Report on the administration of the Government Cinchona Department 1892-98
Year: 1892
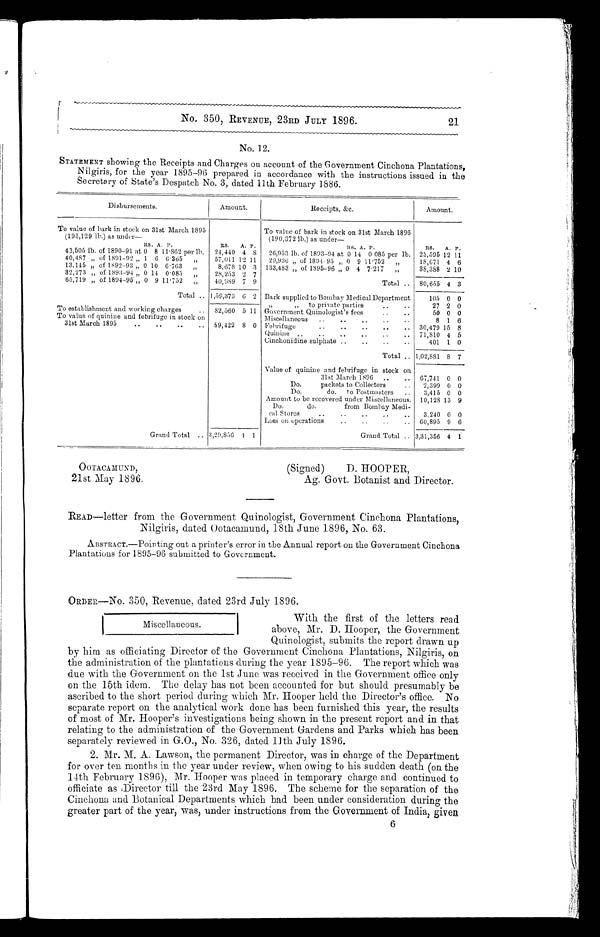
No. 12.
STATEMENT showing the Receipts and Charges on account of the Government Cinchona Plantations,
Nilgiris, for the year 1895-96 prepared in accordance with the instructions issued in the
Secretary of State's Despatch No. 3, dated 11th February 1886.
Disbursements.
Amount.
R e c e i p t s , & c .
Amount.
To value of bark in stock on 31st March 1895
(195,129 lb.) as under—
RS. A. P.
To value of bark in stock on 31st March 1896
( 1 9 0 , 3 7 2 l b . ) a s u n d e r —
R S . A. P.
RS. A. P.
RS. A. P.
43,505 lb. of 1890-91 at 0 8 11.862 per lb. 24,440 4 8 26,953 lb. of 1893-94 at 0 14 0.085 per lb. 23,595 12 11
40,487 „ of 1891-92 „ 1 6 6.365 „
57,011 12 11
18,671 4 6
20,936 „ of 1894-95 „ 0 9 11.752 „
13,145 „ of 1892-93 „ 0 10 6.763 „
8,678 10 3 133,483 „ of 1895-96 „ 0 4 7.217 ,,
38,388 2 10
32,273 „ of 1893-94 „ 0 14 0.083 „
28,253 2 7
Total .. 80,655 4 3
65,719 „ of 1894-95 „ 0 9 11.752 „
40,089 7 9
Total .. 1,59,373 6 2 Bark supplied to Bombay Medical Department
105 0 0
"
" to private parties .. ..
27 2 0
To establishment and working charges
.. 82,560 5 11 Government Quinologist's fees
..
..
50 0 0
To value of quinine and febrifuge in stock on
Miscellaneous .. ..
..
..
..
8 1 6
31st March 1895
..
..
..
..
8 9 , 4 2 2
8 0 Febrifuge
30,479 15 8
Quinine ..
..
..
..
..
.. 71,810 4 5
Cinchonidine sulphate ..
.. ..
..
401 1 0
Total . . 1,02,881 8 7
Value of quinine and febrifuge in stock on
31st March 1896 ..
.. 67,741 0 0
Do.
packets to Collectors
.. 2,399 0 0
Do.
do. to Postmasters .. 3,415 0 0
Amount to be recovered under Miscellaneous. 10,128 13 9
Do.
do. from Bombay Medi-
cal Stores
..
..
..
. . ..
3,240 0 0
Loss on operations
..
.. ..
.. 60,895 9 6
Grand Total .. 3,29,856 4 1
Grand Total .. 3,31,356 4 1
OOTACAMUND,
(Signed)
D. HOOPER,
21st May 1896.
Ag. Govt. Botanist and Director.
READ—letter from the Government Quinologist, Government Cinchona Plantations,
Nilgiris, dated Ootacamund, 18th June 1896, No. 63.
ABSTRACT.—Pointing out a printer's error in the Annual report on the Government Cinchona
Plantations for 1895-96 submitted to Government.
ORDER—NO. 350, Revenue, dated 23rd July 1896.
No. 350, REVENUE, 23RD JULY 1896.
21
Miscellaneous.
With the first of the letters read
above, Mr. D. Hooper, the Government
Quinologist, submits the report drawn up
by him as officiating Director of the Government Cinchona Plantations, Nilgiris, on
the administration of the plantations during the year 1895-96. The report which was
due with the Government on the 1st June was received in the Government office only
on the 15th idem. The delay has not been accounted for but should presumably be
ascribed to the short period during which Mr. Hooper held the Director's office. No
separate report on the analytical work done has been furnished this year, the results
of most of Mr. Hooper's investigations being shown in the present report and in that
relating to the administration of the Government Gardens and Parks which has been
separately reviewed in G.O., No. 326, dated 11th July 1896.
2. Mr. M. A. Lawson, the permanent Director, was in charge of the Department
for over ten months in the year under review, when owing to his sudden death (on the
14th February 1896), Mr. Hooper was placed in temporary charge and continued to
officiate as Director till the 23rd May 1896. The scheme for the separation of the
Cinchona and Botanical Departments which had been under consideration during the
greater part of the year, was, under instructions from the Government of India, given
6